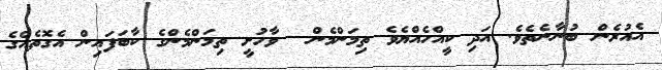
އެއުރެން ބުނާނެތެވެ. އަދި ކީއްހެއްޔެވެ ތިމަންމެން  ވާހުށީ ތިމަންމެންގެ ކާބަފައިން އެގޮތެއްގެ